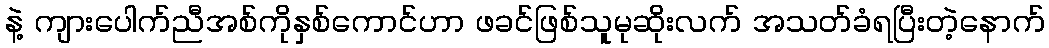
နဲ့ ကျားပေါက်ညီအစ်ကိုနှစ်ကောင်ဟာ ဖခင်ဖြစ်သူမုဆိုးလက် အသတ်ခံရပြီးတဲ့နောက်